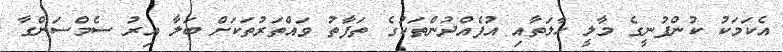
އެކަމަކު ކުންފުނީގެ މާލީ ހާލަތާއި އުފެއްދުންތަކުގެ ތަފާތު ވައްތަރުތަކަށް ބަލާ އިރު ސެމްސަންގާ